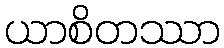
ယာစိတဿာ